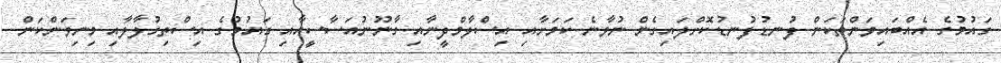
ގައުމުގެ އެއްބައިވަންތަކަން ފުނޑުފުނޑުކޮށްލައިގެން ނުވާނެ ކަމަށާއި އިސްލާމްދީނާއި ގާނޫނުއަސާސީއާއި ގައުމުގެ އިސްތިގުލާލާއި މިނިވަންކަން